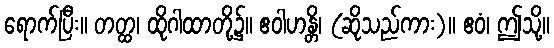
ရောက်ပြီး။ တတ္ထ၊ ထိုဂါထာတို့၌။ ဧဝါဟန္တိ၊ (ဆိုသည်ကား)။ ဧဝံ၊ ဤသို့။